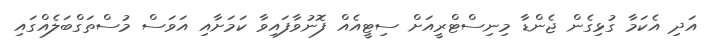
އަދި އެކަމާ ގުޅިގެން ޖެންޑާ މިނިސްޓްރީއަށް ސިޓީއެއް ފޮނުވާފައިވާ ކަމަށާއި އަވަސް މުސްތަގްބަލެއްގައި